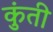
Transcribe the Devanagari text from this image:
कुुंती